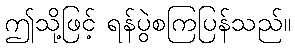
ဤသို့ဖြင့် ရန်ပွဲစကြပြန်သည်။